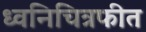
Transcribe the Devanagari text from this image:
ध्वनिचित्रफीत